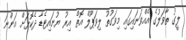
ލީގު ތާވަލުގެ އެއްވަނައިގައި މިވަގުތު ލިވަޕޫލް އޮތް އިރު ޔުނައިޓެޑާ ދެކޮޅަށް އަންނަ